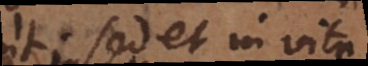
sed et in vita